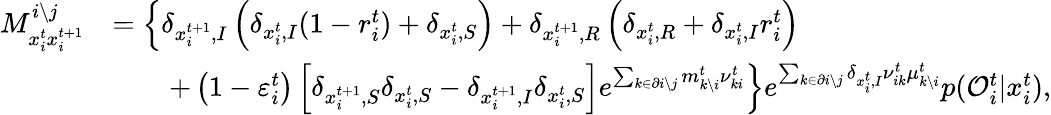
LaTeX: \begin{array}{rl}{M_{x_{i}^{t}x_{i}^{t+1}}^{i\setminus j}}&{=\left\{ \delta_{x_{i}^{t+1},I}\left(\delta_{x_{i}^{t},I}(1-r_{i}^{t})+\delta_{x_{i}^{t},S}\right)+\delta_{x_{i}^{t+1},R}\left(\delta_{x_{i}^{t},R}+\delta_{x_{i}^{t},I}r_{i}^{t}\right)\right.}\\ &{\qquad\left.+\left(1-\varepsilon_{i}^{t}\right)\left[\delta_{x_{i}^{t+1},S}\delta_{x_{i}^{t},S}-\delta_{x_{i}^{t+1},I}\delta_{x_{i}^{t},S}\right]e^{\sum_{k\in\partial i\setminus j}m_{k\setminus i}^{t}\nu_{ki}^{t}}\right\} e^{\sum_{k\in\partial i\setminus j}\delta_{x_{i}^{t},I}\nu_{ik}^{t}\mu_{k\setminus i}^{t}}p(\mathcal{O}_{i}^{t}|x_{i}^{t}),}\end{array}